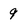
Character: 9